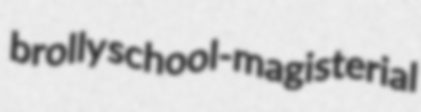
brolly school-magisterial